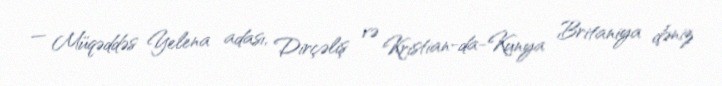
— Müqəddəs Yelena adası, Dirçəliş və Kristian-da-Kunya Britaniya dəniz